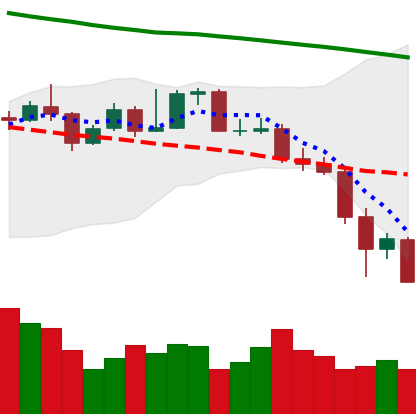
Ticker: XMR-USD
Chart end date: 2019-11-24
Forward return: 16.034%
Label: up_7plus